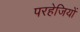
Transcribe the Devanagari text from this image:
परहेजियों